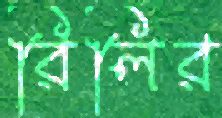
রিলির